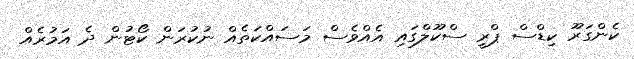
ކެންގަރޫ ކިޑްސް ޕްރީ ސްކޫލްގައި އެއްވެސް މަސައްކަތެއް ނުކުރަން ކޯޓުން ދެ އަމުރެއް